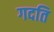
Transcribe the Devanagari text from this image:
गदति